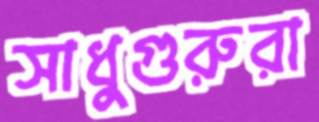
সাধুগুরুরা